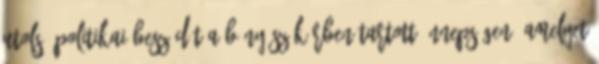
utolsó politikai beszédét a Bányász Körben tartott ünnepségen, amelyet